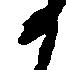
か